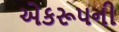
એકરૂપની